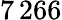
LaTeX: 7\, 266